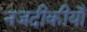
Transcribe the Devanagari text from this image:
नजदीकीयाँ